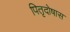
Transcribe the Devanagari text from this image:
पितृदोषास